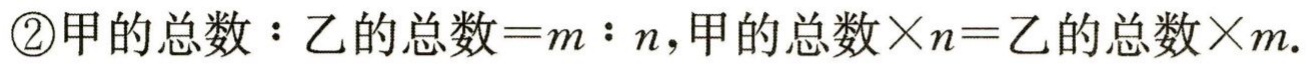
\textcircled{2}甲的总数：乙的总数=$m:n$,甲的总数$\times n =$乙的总数$\times m$.